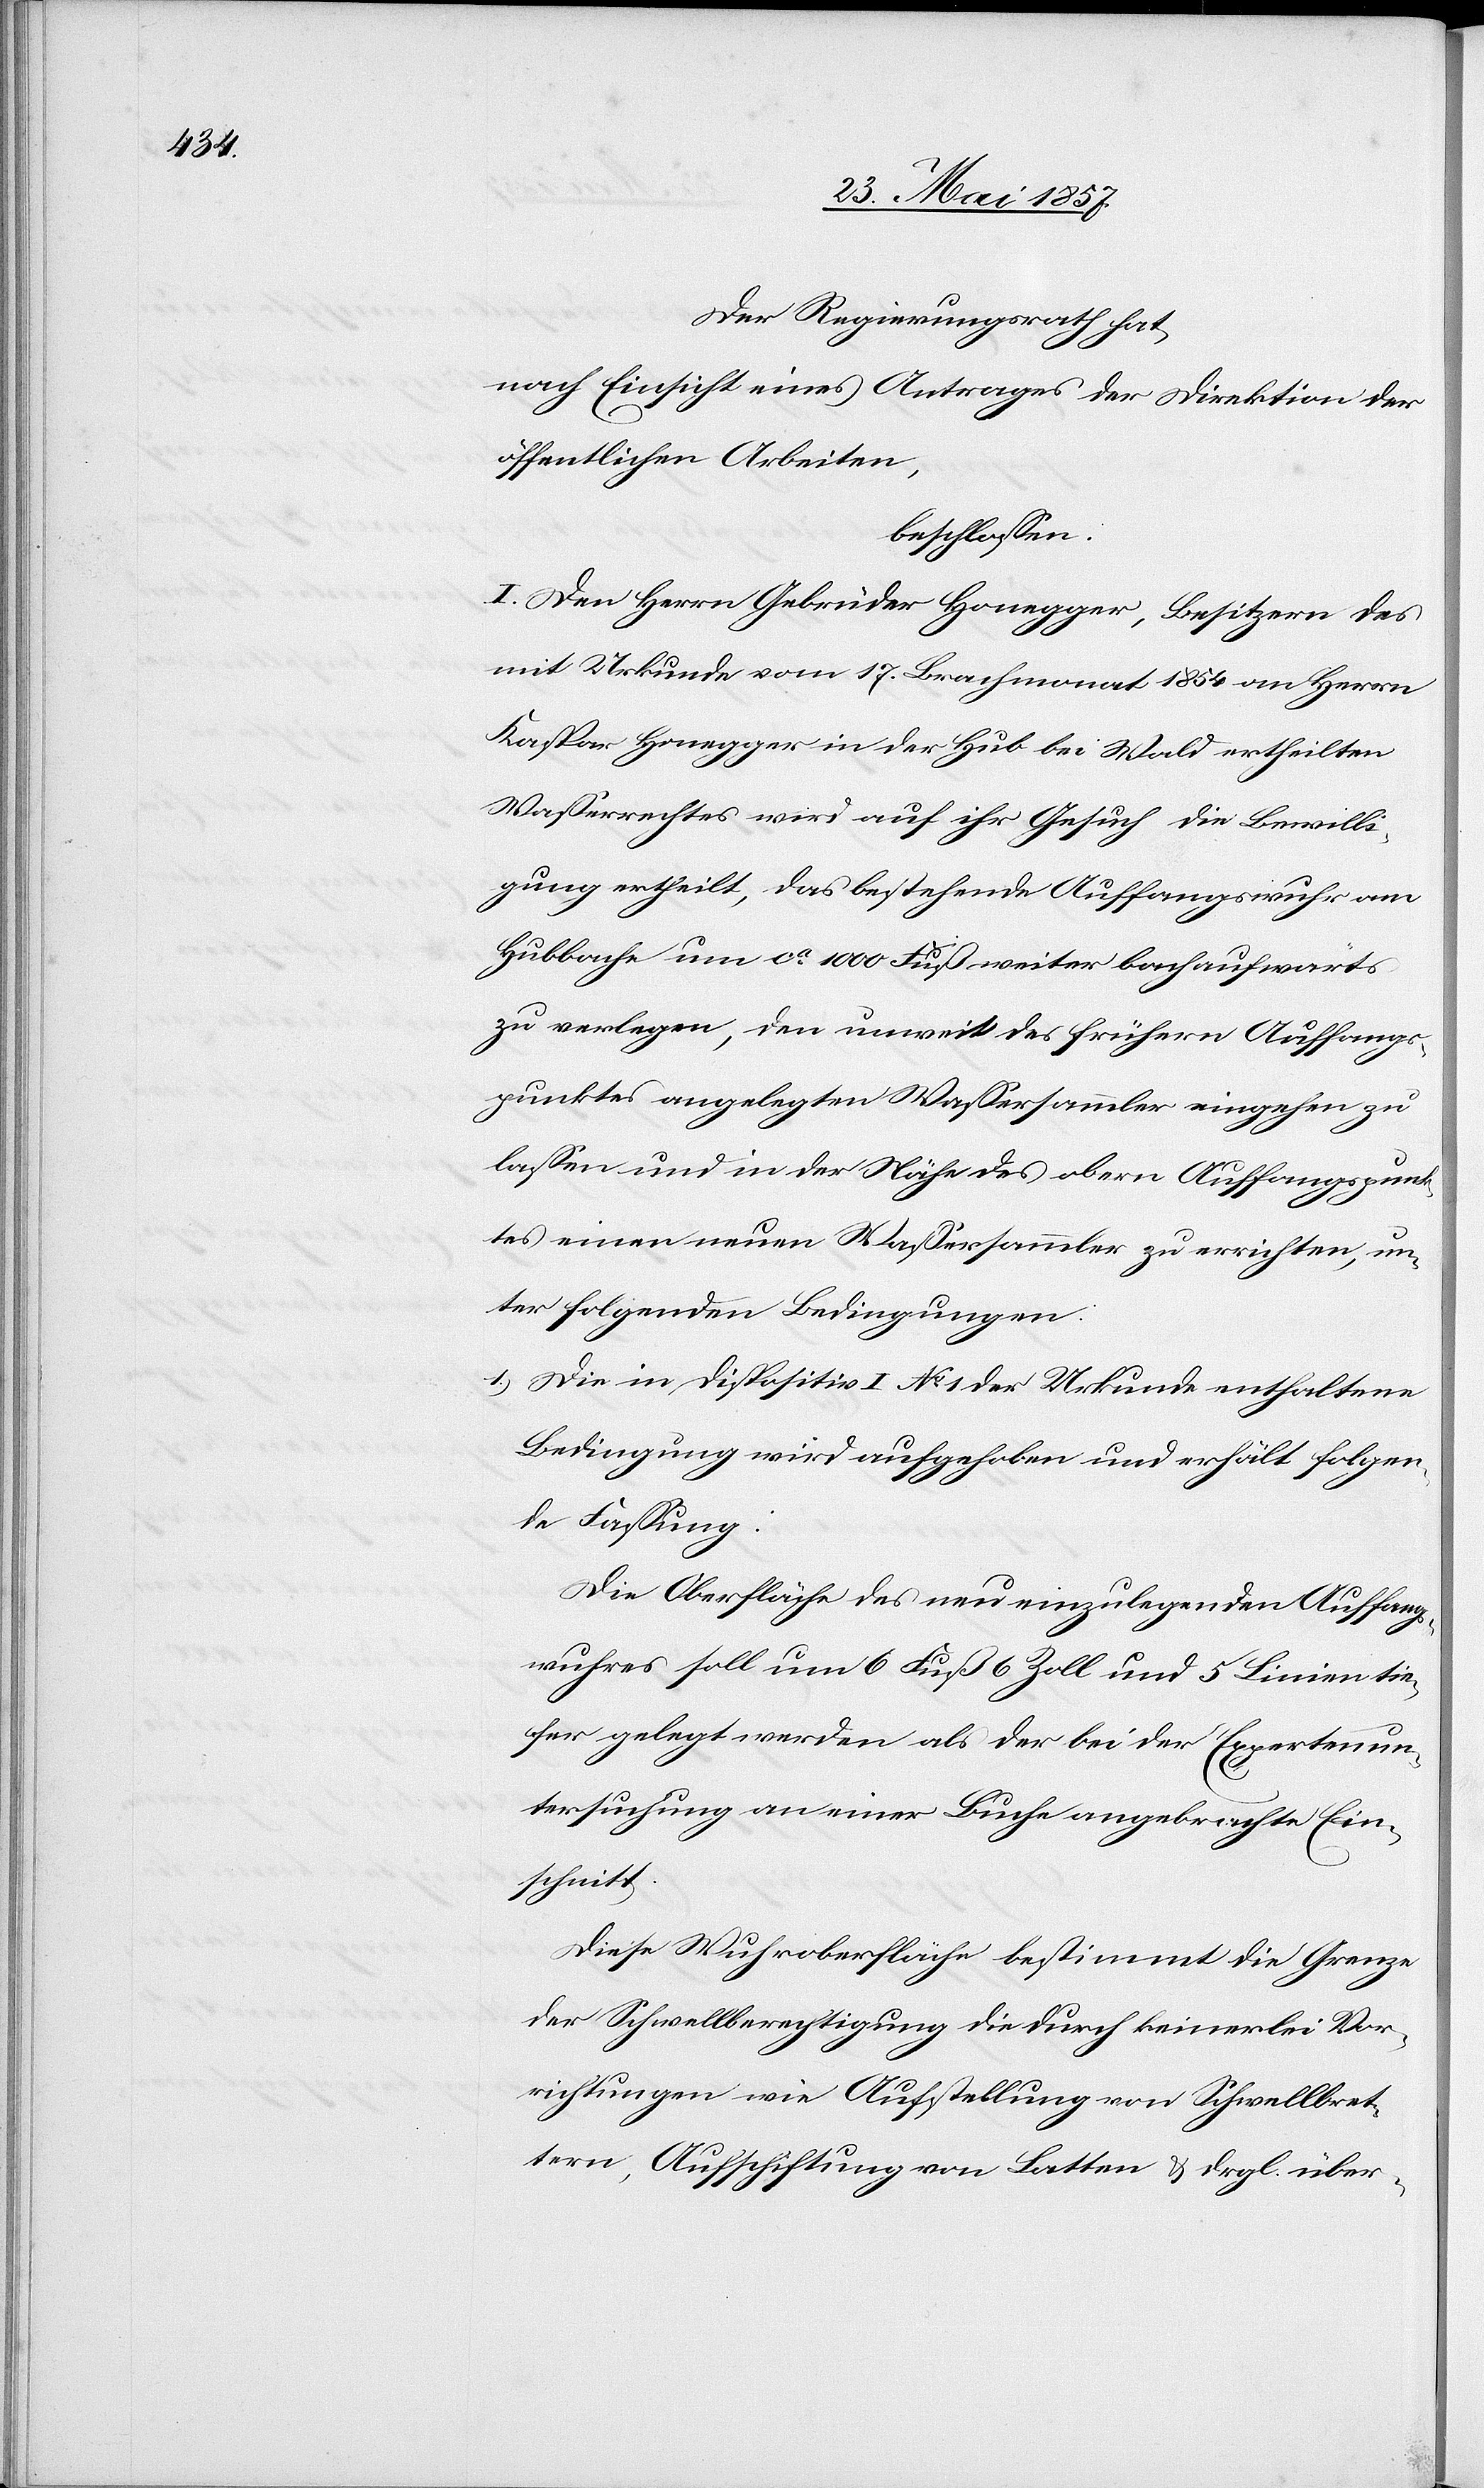
Der Regierungsrath hat,
nach Einsicht eines Antrages der Direktion der
öffentlichen Arbeiten,
beschlossen:
I. Den Herrn Gebrüder Honegger, Besitzern des
mit Urkunde vom 17 Brachmonat 1854 an Herrn
Kaspar Honegger in der Hub bei Wald ertheilten
Wasserrechtes wird auf ihr Gesuch die Bewilli¬
gung ertheilt, das bestehende Auffangswuhr am
Hubbache um ca 1000 Fuß weiter bachaufwärts
zu verlegen, den unweit des frühern Auffangs¬
punktes angelegten Wassersammler eingehen zu
lassen und in der Nähe des obern Auffangspunk¬
tes einen neuen Wassersammler zu errichten, un¬
ter folgenden Bedingungen.
1.) Die in Dispositiv I No 1 der Urkunde enthaltene
Bedingung wird aufgehoben und erhält folgen¬
de Fassung:
Die Oberfläche des neu einzulegenden Auffang¬
swuhres soll um 6 Fuß 6 Zoll und 5 Linien tie¬
fer gelegt werden als der bei der Expertenun¬
tersuchung an einer Buche angebrachte Ein¬
schnitt.
Diese Wuhroberfläche bestimmt die Grenze
der Schwellberechtigung die durch keinerlei Vor¬
richtungen wie Aufstellung von Schwellbret¬
tern, Aufschichtung von Latten & drgl. über-